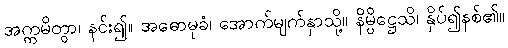
အက္ကမိတွာ၊ နင်း၍။ အဓောမုခံ၊ အောက်မျက်နှာသို့။ နိမ္ပိဋ္ဌေသိ၊ နှိပ်၍နစ်၏။